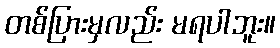
တစ်ပြားမှလည်း မရပါဘူး။